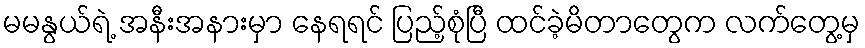
မမနွယ်ရဲ့ အနီးအနားမှာ နေရရင် ပြည့်စုံပြီ ထင်ခဲ့မိတာတွေက လက်တွေ့မှ